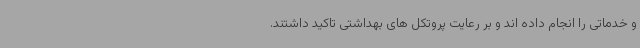
و خدماتی را انجام داده اند و بر رعایت پروتکل های بهداشتی تاکید داشتند.